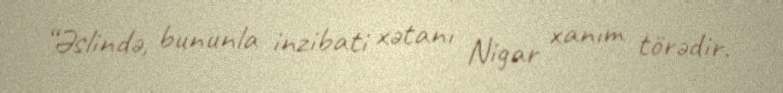
“Əslində, bununla inzibati xətanı Nigar xanım törədir.